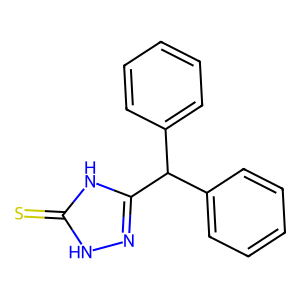
SMILES: S=c1[nH]nc(C(c2ccccc2)c2ccccc2)[nH]1
Inhibits HIV replication: No